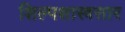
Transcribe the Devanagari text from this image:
शिल्पशास्त्रसार